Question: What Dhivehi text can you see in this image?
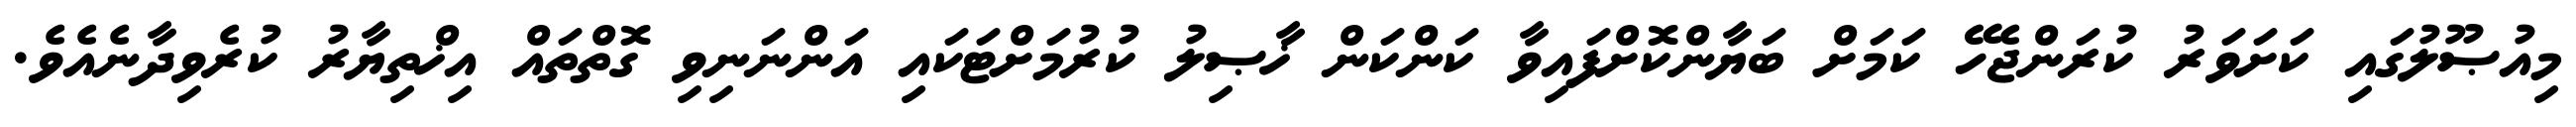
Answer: މިއުޞޫލުގައި ކަށަވަރު ކުރަންޖެހޭ ކަމަށް ބަޔާންކޮށްފައިވާ ކަންކަން ޚާޞިލު ކުރުމަށްޓަކައި އަންނަނިވި ގޮތްތައް އިޚްތިޔާރު ކުރެވިދާނެއެވެ.